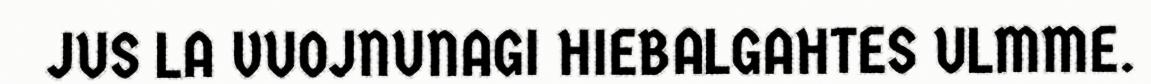
JUS LA VUOJNUNAGI HIEBALGAHTES ULMME.